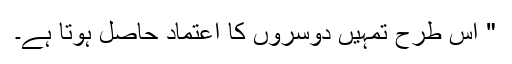
" اس طرح تمہیں دوسروں کا اعتماد حاصل ہوتا ہے۔